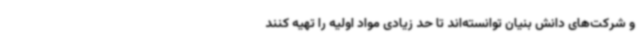
و شرکت‌های دانش بنیان توانسته‌اند تا حد زیادی مواد اولیه را تهیه کنند